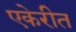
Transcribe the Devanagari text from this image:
एकेरीत